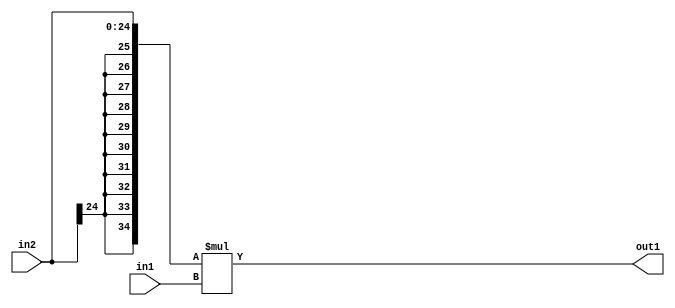
`timescale 1ps / 1ps
/*****************************************************************************
    Verilog RTL Description
    
    
    Created by: Stratus DpOpt 21.05.01 
*******************************************************************************/

module SobelFilter_Mul_25Sx10U_35S_1 (
	in2,
	in1,
	out1
	); /* architecture "behavioural" */ 
input [24:0] in2;
input [9:0] in1;
output [34:0] out1;
wire [34:0] asc001;

assign asc001 = 
	+({{10{in2[24]}}, in2} * in1);

assign out1 = asc001;
endmodule

/* CADENCE  ubHySgw= : u9/ySxbfrwZIxEzHVQQV8Q== ** DO NOT EDIT THIS LINE ******/